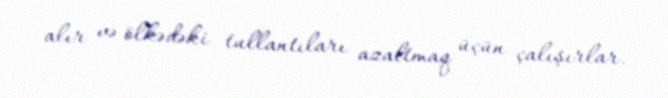
alır və ölkədəki tullantıları azaltmaq üçün çalışırlar.